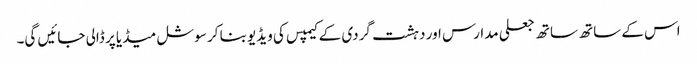
اس کے ساتھ ساتھ جعلی مدارس اور دہشت گردی کے کیمپس کی ویڈیو بنا کر سوشل میڈیا پر ڈالی جائیں گی۔